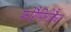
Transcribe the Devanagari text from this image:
फ़ोरैमिनीफ़ैरा